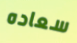
سعاده